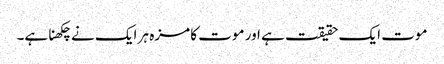
موت ایک حقیقت ہے اور موت کا مزہ ہر ایک نے چکھنا ہے۔